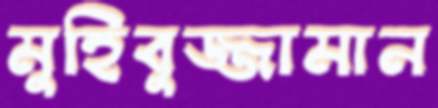
মুহিবুজ্জামান